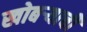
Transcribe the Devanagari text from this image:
खोबऱ्याची